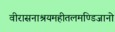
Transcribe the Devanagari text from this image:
वीरासनाश्रयमहीतलमण्डिजानो